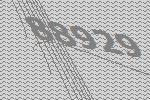
88929